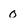
Character: o